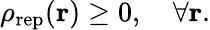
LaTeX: \rho_{\mathrm{rep}}({\mathbf r})\geq 0,\quad\forall{\mathbf r}.